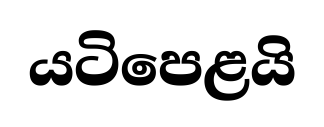
යටිපෙළයි